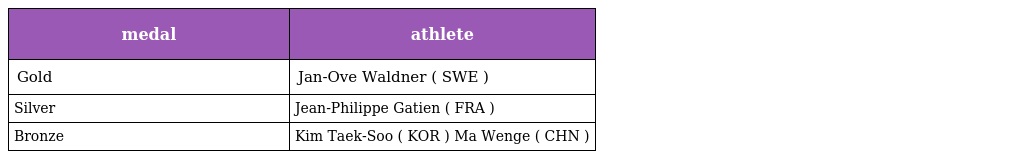
| medal | athlete |
 | --- | --- |
 | Gold | Jan-Ove Waldner ( SWE ) |
 | Silver | Jean-Philippe Gatien ( FRA ) |
 | Bronze | Kim Taek-Soo ( KOR ) Ma Wenge ( CHN ) |